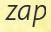
zap